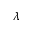
\lambda